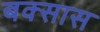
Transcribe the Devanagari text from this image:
बक्सास